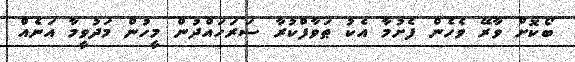
ބޯކޮށް ވާރޭ ވެހެން ފެށުމާ އެކު ޠަވާފްކުރާ ސަރަހައްދުން މީހުން މަދުވީމާ އަނެއް